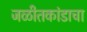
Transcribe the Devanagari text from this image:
जळीतकांडाचा